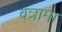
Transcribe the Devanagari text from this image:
वन्नामा